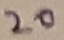
Text: 20